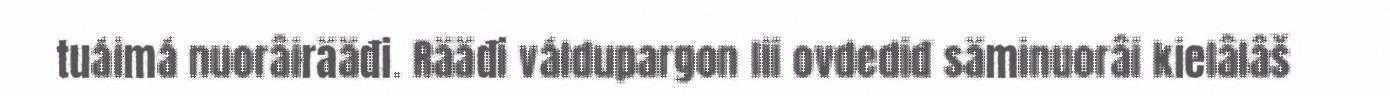
tuáimá nuorâirääđi. Rääđi váldupargon lii ovdediđ säminuorâi kielâlâš